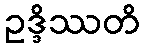
ဥဒ္ဒိဿတိ